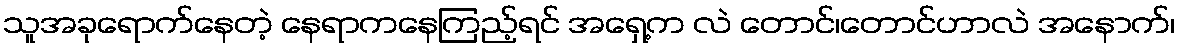
သူအခုရောက်နေတဲ့ နေရာကနေကြည့်ရင် အရှေ့က လဲ တောင်၊တောင်ဟာလဲ အနောက်၊